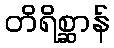
တိရိစ္ဆာန်